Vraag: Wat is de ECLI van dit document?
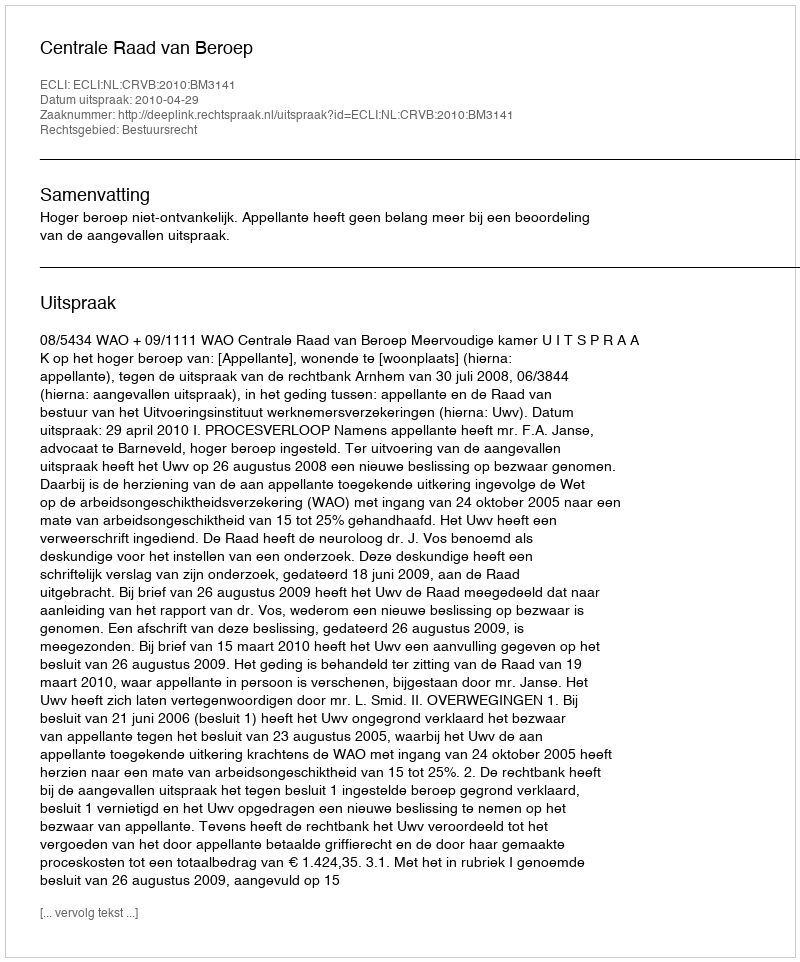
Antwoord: ECLI:NL:CRVB:2010:BM3141